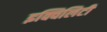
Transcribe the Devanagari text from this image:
इक्विलिटी